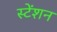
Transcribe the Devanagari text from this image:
स्टेंशन